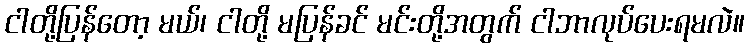
ငါတို့ပြန်တော့ မယ်၊ ငါတို့ မပြန်ခင် မင်းတို့အတွက် ငါဘာလုပ်ပေးရမလဲ။